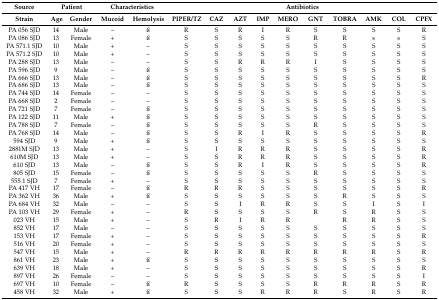
<table><thead><tr><td><b>Source</b></td><td colspan="2"><b>Patient</b></td><td colspan="2"><b>Characteristics</b></td><td colspan="10"><b>Antibiotics</b></td></tr><tr><td><b>Strain</b></td><td><b>Age</b></td><td><b>Gender</b></td><td><b>Mucoid</b></td><td><b>Hemolysis</b></td><td><b>PIPER/TZ</b></td><td><b>CAZ</b></td><td><b>AZT</b></td><td><b>IMP</b></td><td><b>MERO</b></td><td><b>GNT</b></td><td><b>TOBRA</b></td><td><b>AMK</b></td><td><b>COL</b></td><td><b>CPFX</b></td></tr></thead><tbody><tr><td>PA 056 SJD</td><td>14</td><td>Male</td><td>–</td><td>ß</td><td>R</td><td>S</td><td>R</td><td>I</td><td>R</td><td>S</td><td>S</td><td>S</td><td>S</td><td>R</td></tr><tr><td>PA 086 SJD</td><td>13</td><td>Female</td><td>+</td><td>ß</td><td>S</td><td>S</td><td>S</td><td>S</td><td>S</td><td>R</td><td>R</td><td>s</td><td>s</td><td>S</td></tr><tr><td>PA 571.1 SJD</td><td>10</td><td>Male</td><td>+</td><td>–</td><td>S</td><td>S</td><td>S</td><td>S</td><td>S</td><td>S</td><td>S</td><td>S</td><td>S</td><td>S</td></tr><tr><td>PA 571.2 SJD</td><td>10</td><td>Male</td><td>+</td><td>–</td><td>S</td><td>S</td><td>S</td><td>S</td><td>S</td><td>S</td><td>S</td><td>S</td><td>S</td><td>S</td></tr><tr><td>PA 288 SJD</td><td>13</td><td>Male</td><td>–</td><td>–</td><td>S</td><td>S</td><td>R</td><td>R</td><td>R</td><td>I</td><td>S</td><td>S</td><td>S</td><td>S</td></tr><tr><td>PA 596 SJD</td><td>9</td><td>Male</td><td>–</td><td>ß</td><td>S</td><td>S</td><td>S</td><td>S</td><td>S</td><td>S</td><td>S</td><td>S</td><td>S</td><td>S</td></tr><tr><td>PA 666 SJD</td><td>13</td><td>Male</td><td>–</td><td>ß</td><td>S</td><td>S</td><td>S</td><td>S</td><td>S</td><td>S</td><td>S</td><td>S</td><td>S</td><td>R</td></tr><tr><td>PA 686 SJD</td><td>13</td><td>Male</td><td>–</td><td>ß</td><td>S</td><td>S</td><td>S</td><td>S</td><td>S</td><td>S</td><td>S</td><td>S</td><td>S</td><td>S</td></tr><tr><td>PA 744 SJD</td><td>14</td><td>Female</td><td>–</td><td>–</td><td>S</td><td>S</td><td>S</td><td>S</td><td>S</td><td>S</td><td>S</td><td>S</td><td>S</td><td>S</td></tr><tr><td>PA 668 SJD</td><td>2</td><td>Female</td><td>–</td><td>–</td><td>S</td><td>S</td><td>S</td><td>S</td><td>S</td><td>S</td><td>S</td><td>S</td><td>S</td><td>S</td></tr><tr><td>PA 721 SJD</td><td>7</td><td>Female</td><td>–</td><td>ß</td><td>S</td><td>S</td><td>S</td><td>S</td><td>S</td><td>S</td><td>S</td><td>S</td><td>S</td><td>S</td></tr><tr><td>PA 122 SJD</td><td>11</td><td>Male</td><td>+</td><td>ß</td><td>S</td><td>S</td><td>S</td><td>S</td><td>S</td><td>S</td><td>S</td><td>S</td><td>S</td><td>S</td></tr><tr><td>PA 788 SJD</td><td>7</td><td>Female</td><td>–</td><td>ß</td><td>S</td><td>S</td><td>S</td><td>S</td><td>S</td><td>R</td><td>S</td><td>S</td><td>S</td><td>S</td></tr><tr><td>PA 768 SJD</td><td>14</td><td>Male</td><td>–</td><td>ß</td><td>S</td><td>S</td><td>R</td><td>I</td><td>R</td><td>S</td><td>S</td><td>S</td><td>S</td><td>R</td></tr><tr><td>594 SJD</td><td>9</td><td>Male</td><td>+</td><td>ß</td><td>S</td><td>S</td><td>S</td><td>S</td><td>S</td><td>S</td><td>S</td><td>S</td><td>S</td><td>S</td></tr><tr><td>2881M SJD</td><td>13</td><td>Male</td><td>+</td><td>–</td><td>S</td><td>I</td><td>R</td><td>R</td><td>R</td><td>S</td><td>S</td><td>S</td><td>S</td><td>R</td></tr><tr><td>610M SJD</td><td>13</td><td>Male</td><td>+</td><td>–</td><td>S</td><td>S</td><td>R</td><td>R</td><td>R</td><td>S</td><td>S</td><td>S</td><td>S</td><td>R</td></tr><tr><td>610 SJD</td><td>13</td><td>Male</td><td>–</td><td>ß</td><td>S</td><td>S</td><td>R</td><td>I</td><td>R</td><td>S</td><td>S</td><td>S</td><td>S</td><td>R</td></tr><tr><td>805 SJD</td><td>15</td><td>Female</td><td>–</td><td>ß</td><td>S</td><td>S</td><td>S</td><td>S</td><td>S</td><td>R</td><td>S</td><td>S</td><td>S</td><td>S</td></tr><tr><td>555.1 SJD</td><td>7</td><td>Female</td><td>+</td><td>–</td><td>S</td><td>S</td><td>S</td><td>S</td><td>S</td><td>S</td><td>S</td><td>S</td><td>S</td><td>S</td></tr><tr><td>PA 417 VH</td><td>17</td><td>Female</td><td>–</td><td>ß</td><td>R</td><td>R</td><td>R</td><td>S</td><td>S</td><td>S</td><td>S</td><td>S</td><td>S</td><td>R</td></tr><tr><td>PA 362 VH</td><td>36</td><td>Male</td><td>+</td><td>ß</td><td>S</td><td>S</td><td>S</td><td>S</td><td>S</td><td>S</td><td>R</td><td>S</td><td>S</td><td>S</td></tr><tr><td>PA 684 VH</td><td>32</td><td>Male</td><td>–</td><td>–</td><td>S</td><td>S</td><td>I</td><td>R</td><td>R</td><td>S</td><td>S</td><td>I</td><td>S</td><td>I</td></tr><tr><td>PA 103 VH</td><td>29</td><td>Female</td><td>+</td><td>–</td><td>R</td><td>S</td><td>S</td><td>S</td><td>S</td><td>R</td><td>S</td><td>R</td><td>S</td><td>S</td></tr><tr><td>023 VH</td><td>15</td><td>Male</td><td>+</td><td>–</td><td>S</td><td>R</td><td>I</td><td>R</td><td>R</td><td></td><td>R</td><td>R</td><td>S</td><td>S</td></tr><tr><td>852 VH</td><td>17</td><td>Male</td><td>–</td><td>–</td><td>S</td><td>S</td><td>S</td><td>S</td><td>S</td><td>S</td><td>S</td><td>S</td><td>S</td><td>S</td></tr><tr><td>153 VH</td><td>17</td><td>Female</td><td>+</td><td>–</td><td>S</td><td>S</td><td>S</td><td>S</td><td>S</td><td>S</td><td>S</td><td>S</td><td>S</td><td>R</td></tr><tr><td>516 VH</td><td>20</td><td>Female</td><td>+</td><td>–</td><td>S</td><td>S</td><td>S</td><td>S</td><td>S</td><td>S</td><td>S</td><td>S</td><td>S</td><td>S</td></tr><tr><td>547 VH</td><td>15</td><td>Male</td><td>+</td><td>–</td><td>R</td><td>R</td><td>R</td><td>R</td><td>R</td><td>R</td><td>R</td><td>R</td><td>S</td><td>R</td></tr><tr><td>861 VH</td><td>23</td><td>Male</td><td>+</td><td>ß</td><td>S</td><td>S</td><td>S</td><td>S</td><td>S</td><td>S</td><td>S</td><td>S</td><td>S</td><td>S</td></tr><tr><td>639 VH</td><td>18</td><td>Male</td><td>+</td><td>–</td><td>S</td><td>S</td><td>S</td><td>S</td><td>S</td><td>S</td><td>S</td><td>S</td><td>S</td><td>R</td></tr><tr><td>897 VH</td><td>26</td><td>Female</td><td>–</td><td>–</td><td>S</td><td>S</td><td>S</td><td>S</td><td>S</td><td>S</td><td>S</td><td>S</td><td>S</td><td>I</td></tr><tr><td>697 VH</td><td>10</td><td>Female</td><td>–</td><td>ß</td><td>R</td><td>S</td><td>S</td><td>S</td><td>S</td><td>R</td><td>R</td><td>R</td><td>S</td><td>R</td></tr><tr><td>458 VH</td><td>32</td><td>Male</td><td>+</td><td>ß</td><td>S</td><td>S</td><td>S</td><td>R</td><td>R</td><td>R</td><td>S</td><td>R</td><td>S</td><td>R</td></tr></tbody></table>